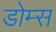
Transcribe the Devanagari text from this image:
डोम्स